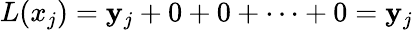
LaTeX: L(x_{j})=\mathbf{y}_{j}+0+0+\dots+0=\mathbf{y}_{j}